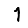
Digit: 1